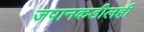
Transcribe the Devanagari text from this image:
जपानकडीलही